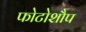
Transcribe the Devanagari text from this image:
फोटोशौप